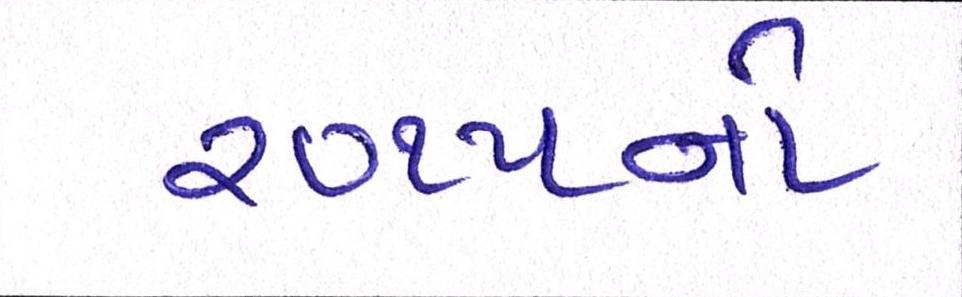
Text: ૨૦૧૫નો